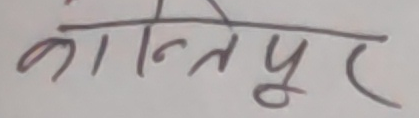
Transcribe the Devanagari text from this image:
कान्तिपुर